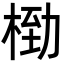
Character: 𬂿